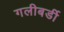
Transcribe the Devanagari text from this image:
गलीबर्डी